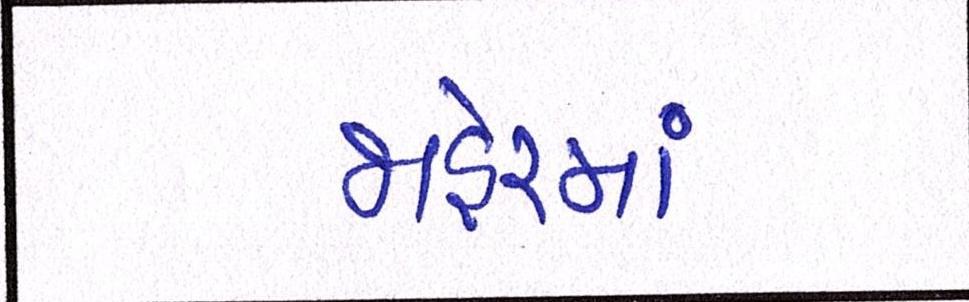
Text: જાહેરમાં